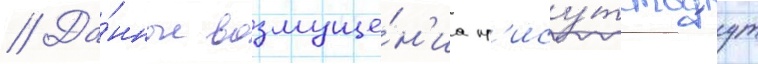
// Да́нные возмуще́н'иа пр'ису́тствуут